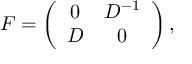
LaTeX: F = \left( \begin{array} { c c } { { 0 } } & { { D ^ { - 1 } } } \\ { { D } } & { { 0 } } \end{array} \right) ,